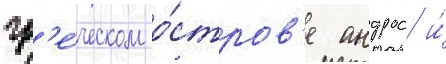
гр'е́ческом о́стров'е андрос и́